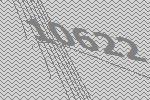
10622